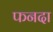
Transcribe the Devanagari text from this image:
फनदा